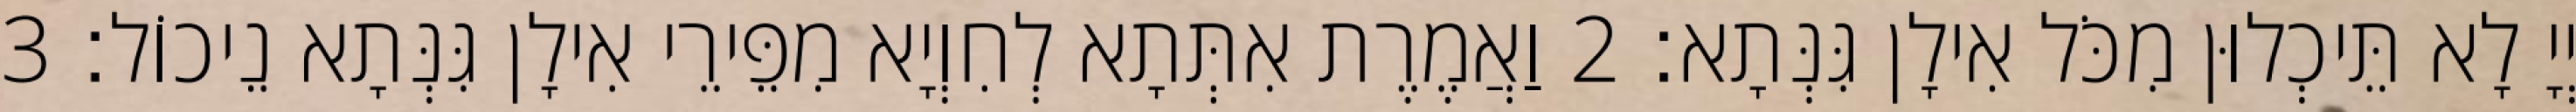
יְיָ לָא תֵּיכְלוּן מִכֹּל אִילָן גִּנְּתָא׃ 2 וַאֲמֶרֶת אִתְּתָא לְחִוְיָא מִפֵּירֵי אִילָן גִּנְּתָא נֵיכוֹל׃ 3